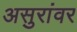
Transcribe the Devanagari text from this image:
असुरांवर